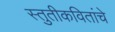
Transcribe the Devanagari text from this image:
स्तुतीकवितांचे